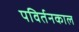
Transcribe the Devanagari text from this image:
पविर्तनकाल